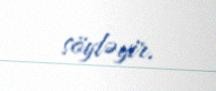
söyləyir.